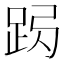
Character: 𨀇